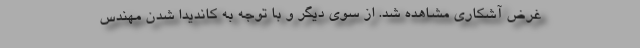
غرض آشکاری مشاهده شد. از سوی دیگر و با توجه به کاندیدا شدن مهندس